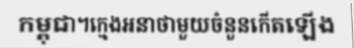
កម្ពុជា។ក្មេងអនាថាមួយចំនួនកើតឡើង